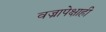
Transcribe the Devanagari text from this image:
वज्रापेक्षाही